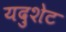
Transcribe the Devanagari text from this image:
यदुशेट